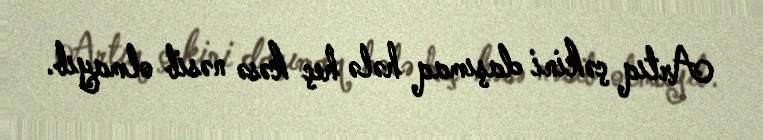
Artıq çəkini daşımaq hələ heç kəsə nəsib olmayıb.